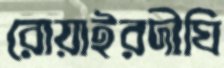
রোয়াইরদীঘি